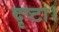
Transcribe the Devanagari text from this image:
दृष्टा।